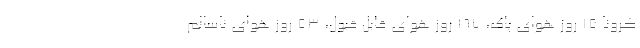
کرونا ۱۵ روز هوای پاک، ۱۶۷ روز هوای قابل قبول، ۵۳ روز هوای ناسالم